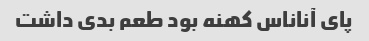
پای آناناس کهنه بود طعم بدی داشت